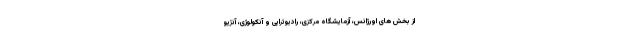
از بخش های اورژانس، آزمایشگاه مرکزی، رادیوتراپی و آنکولوژی، آنژیو